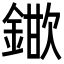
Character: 𮢞